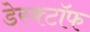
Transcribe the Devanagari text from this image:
डेस्क्टॉफ